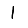
Digit: 1